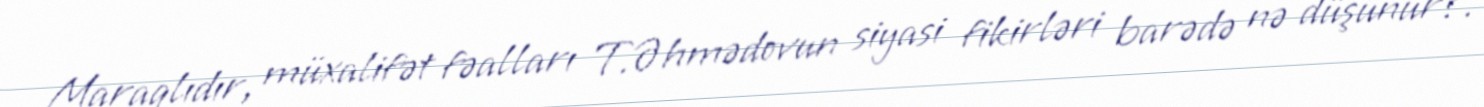
Maraqlıdır, müxalifət fəalları T.Əhmədovun siyasi fikirləri barədə nə düşünür?.